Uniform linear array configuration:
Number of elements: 48
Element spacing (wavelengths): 1
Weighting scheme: blackman
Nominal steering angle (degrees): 45
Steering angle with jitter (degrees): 46.191
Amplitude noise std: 0.05
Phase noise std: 0.05

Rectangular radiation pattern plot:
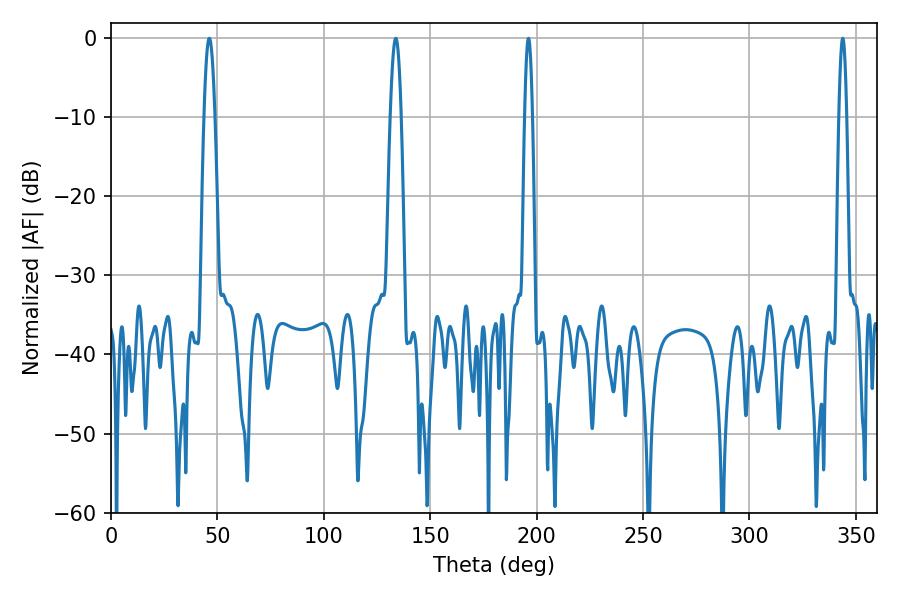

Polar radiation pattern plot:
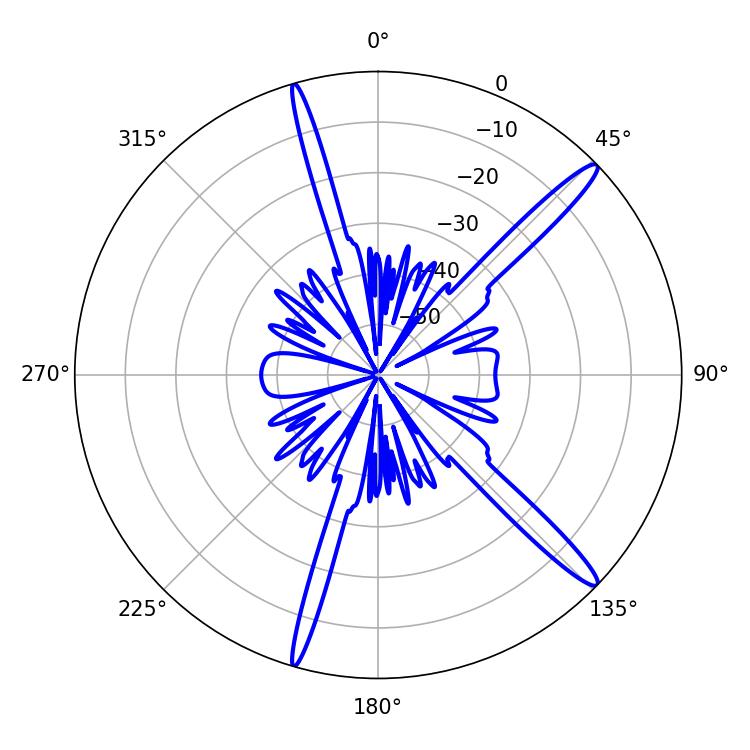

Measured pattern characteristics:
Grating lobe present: TRUE
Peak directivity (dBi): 15.501
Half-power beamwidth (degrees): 1.98
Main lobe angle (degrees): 343.8